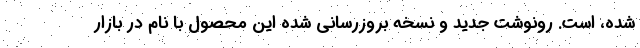
شده، است. رونوشت جدید و نسخه بروزرسانی شده این محصول با نام در بازار